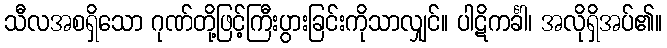
သီလအစရှိသော ဂုဏ်တို့ဖြင့်ကြီးပွားခြင်းကိုသာလျှင်။ ပါဋိကင်္ခါ၊ အလိုရှိအပ်၏။